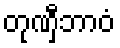
တုဏှီဘာဝံ